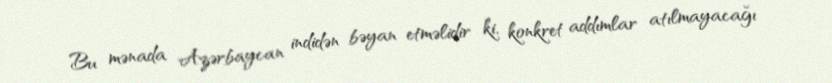
Bu mənada Azərbaycan indidən bəyan etməlidir ki, konkret addımlar atılmayacağı